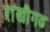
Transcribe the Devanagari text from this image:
राखीगढ